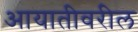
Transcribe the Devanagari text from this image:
आयातीवरील